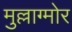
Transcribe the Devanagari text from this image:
मुल्लाग्मोर